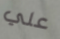
علي